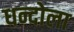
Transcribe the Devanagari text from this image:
धन्दोला